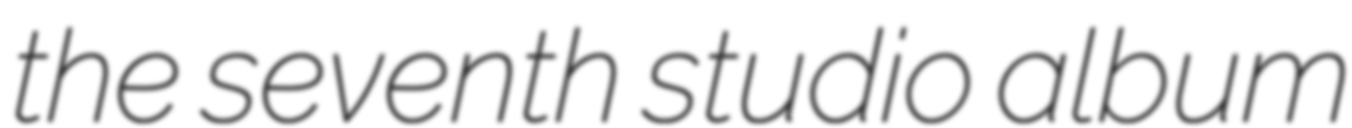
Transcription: the seventh studio album